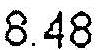
8.48